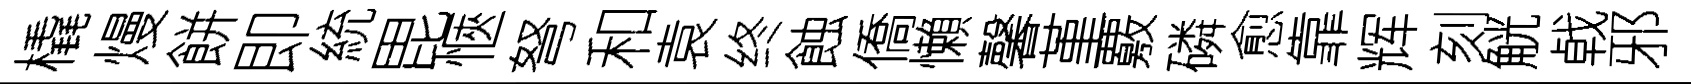
橇熳餅即統毘愜弩和袁终蝕僑懶馨堇覈磷愈靠辉刻觥㦸邪